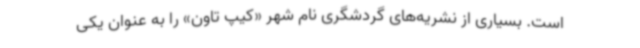
است. بسیاری از نشریه‌های گردشگری نام شهر «کیپ تاون» را به عنوان یکی